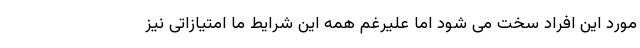
مورد این افراد سخت می شود اما علیرغم همه این شرایط ما امتیازاتی نیز